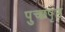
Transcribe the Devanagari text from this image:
पुच्छपृष्ठ